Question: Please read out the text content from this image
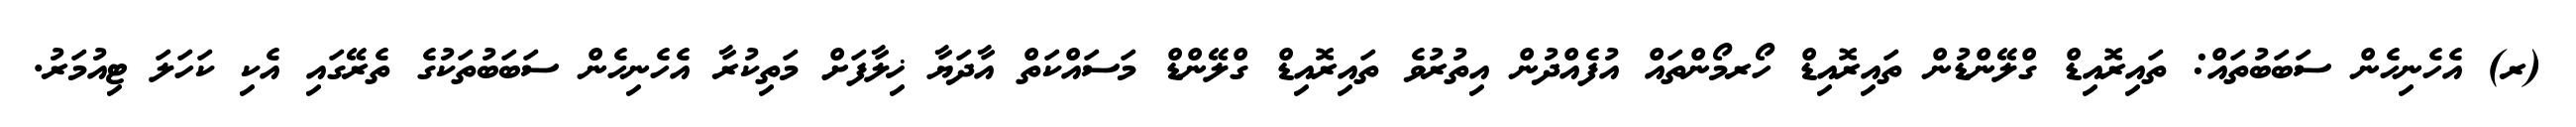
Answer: (ރ) އެހެނިހެން ސަބަބުތައް: ތައިރޮއިޑް ގްލޭންޑުން ތައިރޮއިޑް ހޯރމޯންތައް އުފެއްދުން އިތުރުވެ ތައިރޮއިޑް ގްލޭންޑް މަސައްކަތް އާދަޔާ ޚިލާފަށް މަތިކުރާ އެހެނިހެން ސަބަބުތަކުގެ ތެރޭގައި އެކި ކަހަލަ ޓިއުމަރު.